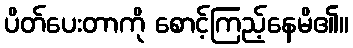
ပိတ်ပေးတာကို စောင့်ကြည့်နေမိ၏။